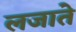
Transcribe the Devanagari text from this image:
लजाते